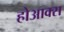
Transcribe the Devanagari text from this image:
होआक्स